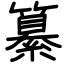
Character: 纂